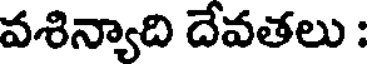
వశిన్యాది దేవతలు :